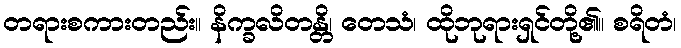
တရားစကားတည်း။ နိက္ခလိတန္တိ၊ တေသံ၊ ထိုဘုရားရှင်တို့၏။ စရိတံ၊